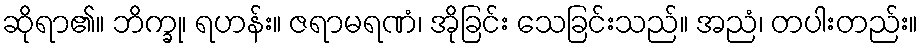
ဆိုရာ၏။ ဘိက္ခု၊ ရဟန်း။ ဇရာမရဏံ၊ အိုခြင်း သေခြင်းသည်။ အညံ၊ တပါးတည်း။